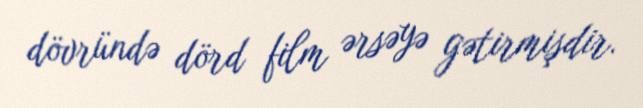
dövründə dörd film ərsəyə gətirmişdir.